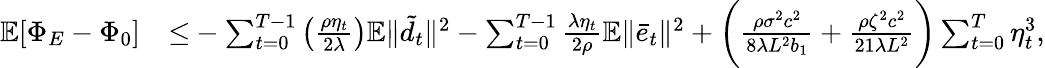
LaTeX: \begin{array}{rl}{\mathbb{E}[\Phi_{E}-\Phi_{0}]}&{{\leq}-\sum_{t=0}^{T-1}\left(\frac{\rho\eta_{t}}{2\lambda}\right)\mathbb{E}\| \tilde{d}_{t}\| ^{2}-\sum_{t=0}^{T-1}\frac{\lambda\eta_{t}}{2\rho}\mathbb{E}\| \bar{e}_{t}\| ^{2}+\bigg(\frac{\rho\sigma^{2}c^{2}}{8\lambda L^{2}b_{1}}+\frac{\rho\zeta^{2}c^{2}}{21\lambda L^{2}}\bigg)\sum_{t=0}^{T}\eta_{t}^{3},}\end{array}